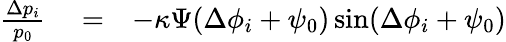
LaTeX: \begin{array}{rlr}{\frac{\Delta p_{i}}{p_{0}}}&{{}=}&{-\kappa\Psi(\Delta\phi_{i}+\psi_{0})\sin(\Delta\phi_{i}+\psi_{0})}\end{array}